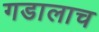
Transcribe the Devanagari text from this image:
गडालाच